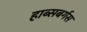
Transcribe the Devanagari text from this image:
हाब्सबर्गस